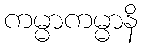
ကမ္မာကမ္မာနိ